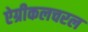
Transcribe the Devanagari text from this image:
ऐग्रीकलचरल